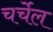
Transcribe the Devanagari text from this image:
चर्चेल